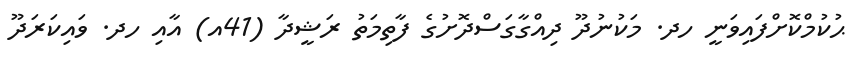
ޙުކުމްކޮށްފައިވަނީ ހދ. މަކުނުދޫ ދިއްގާގަސްދޮށުގެ ފާތިމަތު ރަޝީދާ (41އ) އާއި ހދ. ވައިކަރަދޫ